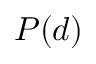
P ( d )